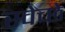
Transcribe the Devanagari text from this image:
स्वेच्छे